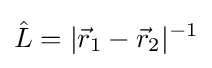
{\hat {L}}=|{\vec {r}}_{1}-{\vec {r}}_{2}|^{-1}